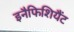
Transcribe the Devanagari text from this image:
इनैफिशियैंट